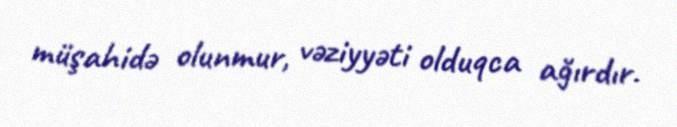
müşahidə olunmur, vəziyyəti olduqca ağırdır.